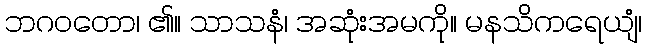
ဘဂဝတော၊ ၏။ သာသနံ၊ အဆုံးအမကို။ မနသိကရေယျံ၊